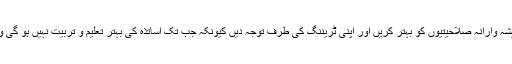
اساتذہ کا فرض ہے کہ وہ اپنی پیشہ وارانہ صلاحیتیوں کو بہتر کریں اور اپنی ٹریننگ کی طرف توجہ دیں کیونکہ جب تک اساتذہ کی بہتر تعلیم و تربیت نہیں ہو گی وہ بچوں کو پڑھا نہیں سکیں گے۔